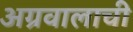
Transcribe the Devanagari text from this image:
अग्रवालाची